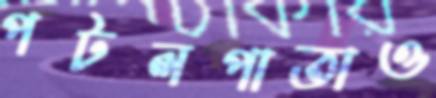
পটলপাতাও